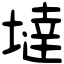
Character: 𡐿